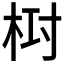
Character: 𣑓